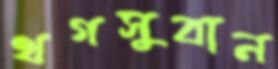
থগসুবান